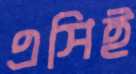
এসিই